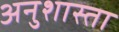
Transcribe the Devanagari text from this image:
अनुशास्ता